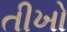
તીખો